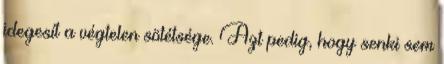
idegesít a végtelen sötétsége. Azt pedig, hogy senki sem